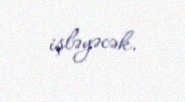
işləyəcək.